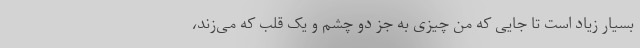
بسیار زیاد است تا جایی که من چیزی به جز دو چشم و یک قلب که می‌زند،